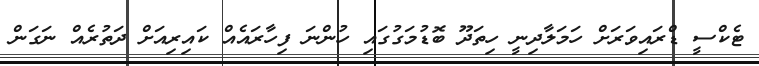
ޓެކްސީ ޑްރައިވަރަށް ހަމަލާދިނީ ހިތަދޫ ބޮޑުމަގުގައި ހުންނަ ފިހާރައެއް ކައިރިއަށް ދަތުރެއް ނަގަން